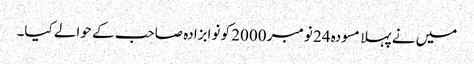
میں نے پہلا مسودہ 24 نومبر 2000 کو نوابزادہ صاحب کے حوالے کیا۔